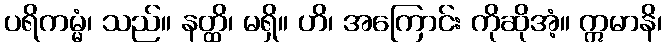
ပရိကမ္မံ၊ သည်။ နတ္ထိ၊ မရှိ။ ဟိ၊ အကြောင်း ကိုဆိုအံ့။ ဣမာနိ၊